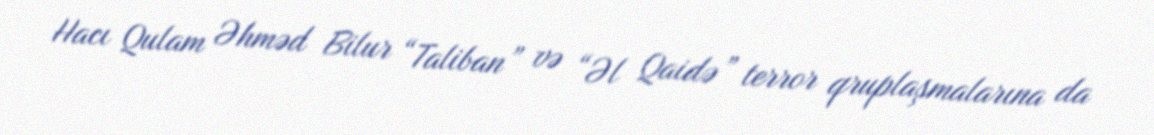
Hacı Qulam Əhməd Bilur “Taliban” və “Əl Qaidə” terror qruplaşmalarına da